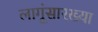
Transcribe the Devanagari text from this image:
लागूंसारख्या